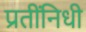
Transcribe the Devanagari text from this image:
प्रतींनिधी